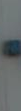
-